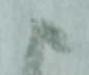
ま